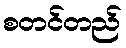
စတင်တည်